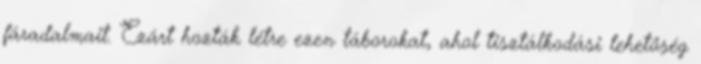
fáradalmait. Ezárt hozták létre ezen táborokat, ahol tisztálkodási lehetőség